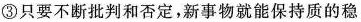
③只要不断批判和否定，新事物就能保持质的稳